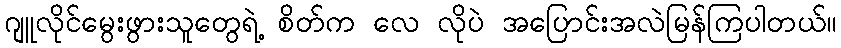
ဂျူလိုင်မွေးဖွားသူတွေရဲ့ စိတ်က လေ လိုပဲ အပြောင်းအလဲမြန်ကြပါတယ်။